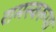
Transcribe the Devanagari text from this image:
रामस्वरूपा